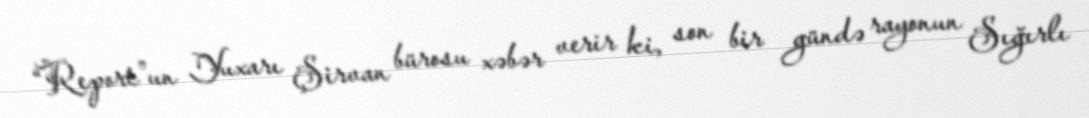
“Report”un Yuxarı Şirvan bürosu xəbər verir ki, son bir gündə rayonun Sığırlı